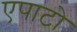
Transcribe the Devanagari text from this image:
एपाटो